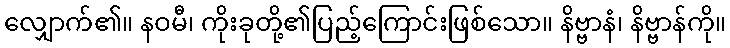
လျှောက်၏။ နဝမီ၊ ကိုးခုတို့၏ပြည့်ကြောင်းဖြစ်သော။ နိဗ္ဗာနံ၊ နိဗ္ဗာန်ကို။